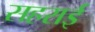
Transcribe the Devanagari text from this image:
सहराई